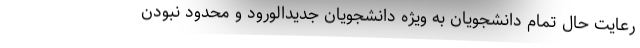
رعایت حال تمام دانشجویان به ویژه دانشجویانِ جدیدالورود و محدود نبودن